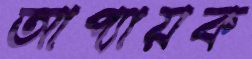
আপ্যায়ক